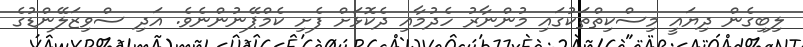
ލިބިގެން ދިޔައީ މިސްކިތްތަކުގައި މުންނާރު ހެދުމާއި ދެކޮޅަށް ފެށި ކެމްޕޭނުންނެވެ. އަދި ސްވިޒަލޭންޑުގެ